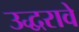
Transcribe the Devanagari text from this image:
उद्धरावे